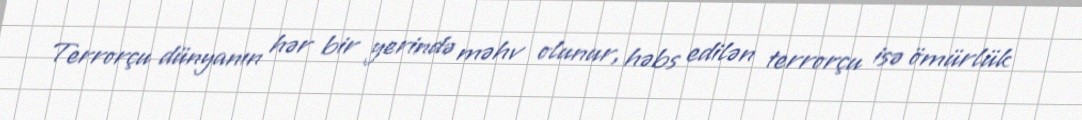
Terrorçu dünyanın hər bir yerində məhv olunur, həbs edilən terrorçu isə ömürlük